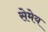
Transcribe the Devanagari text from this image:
सेमेय